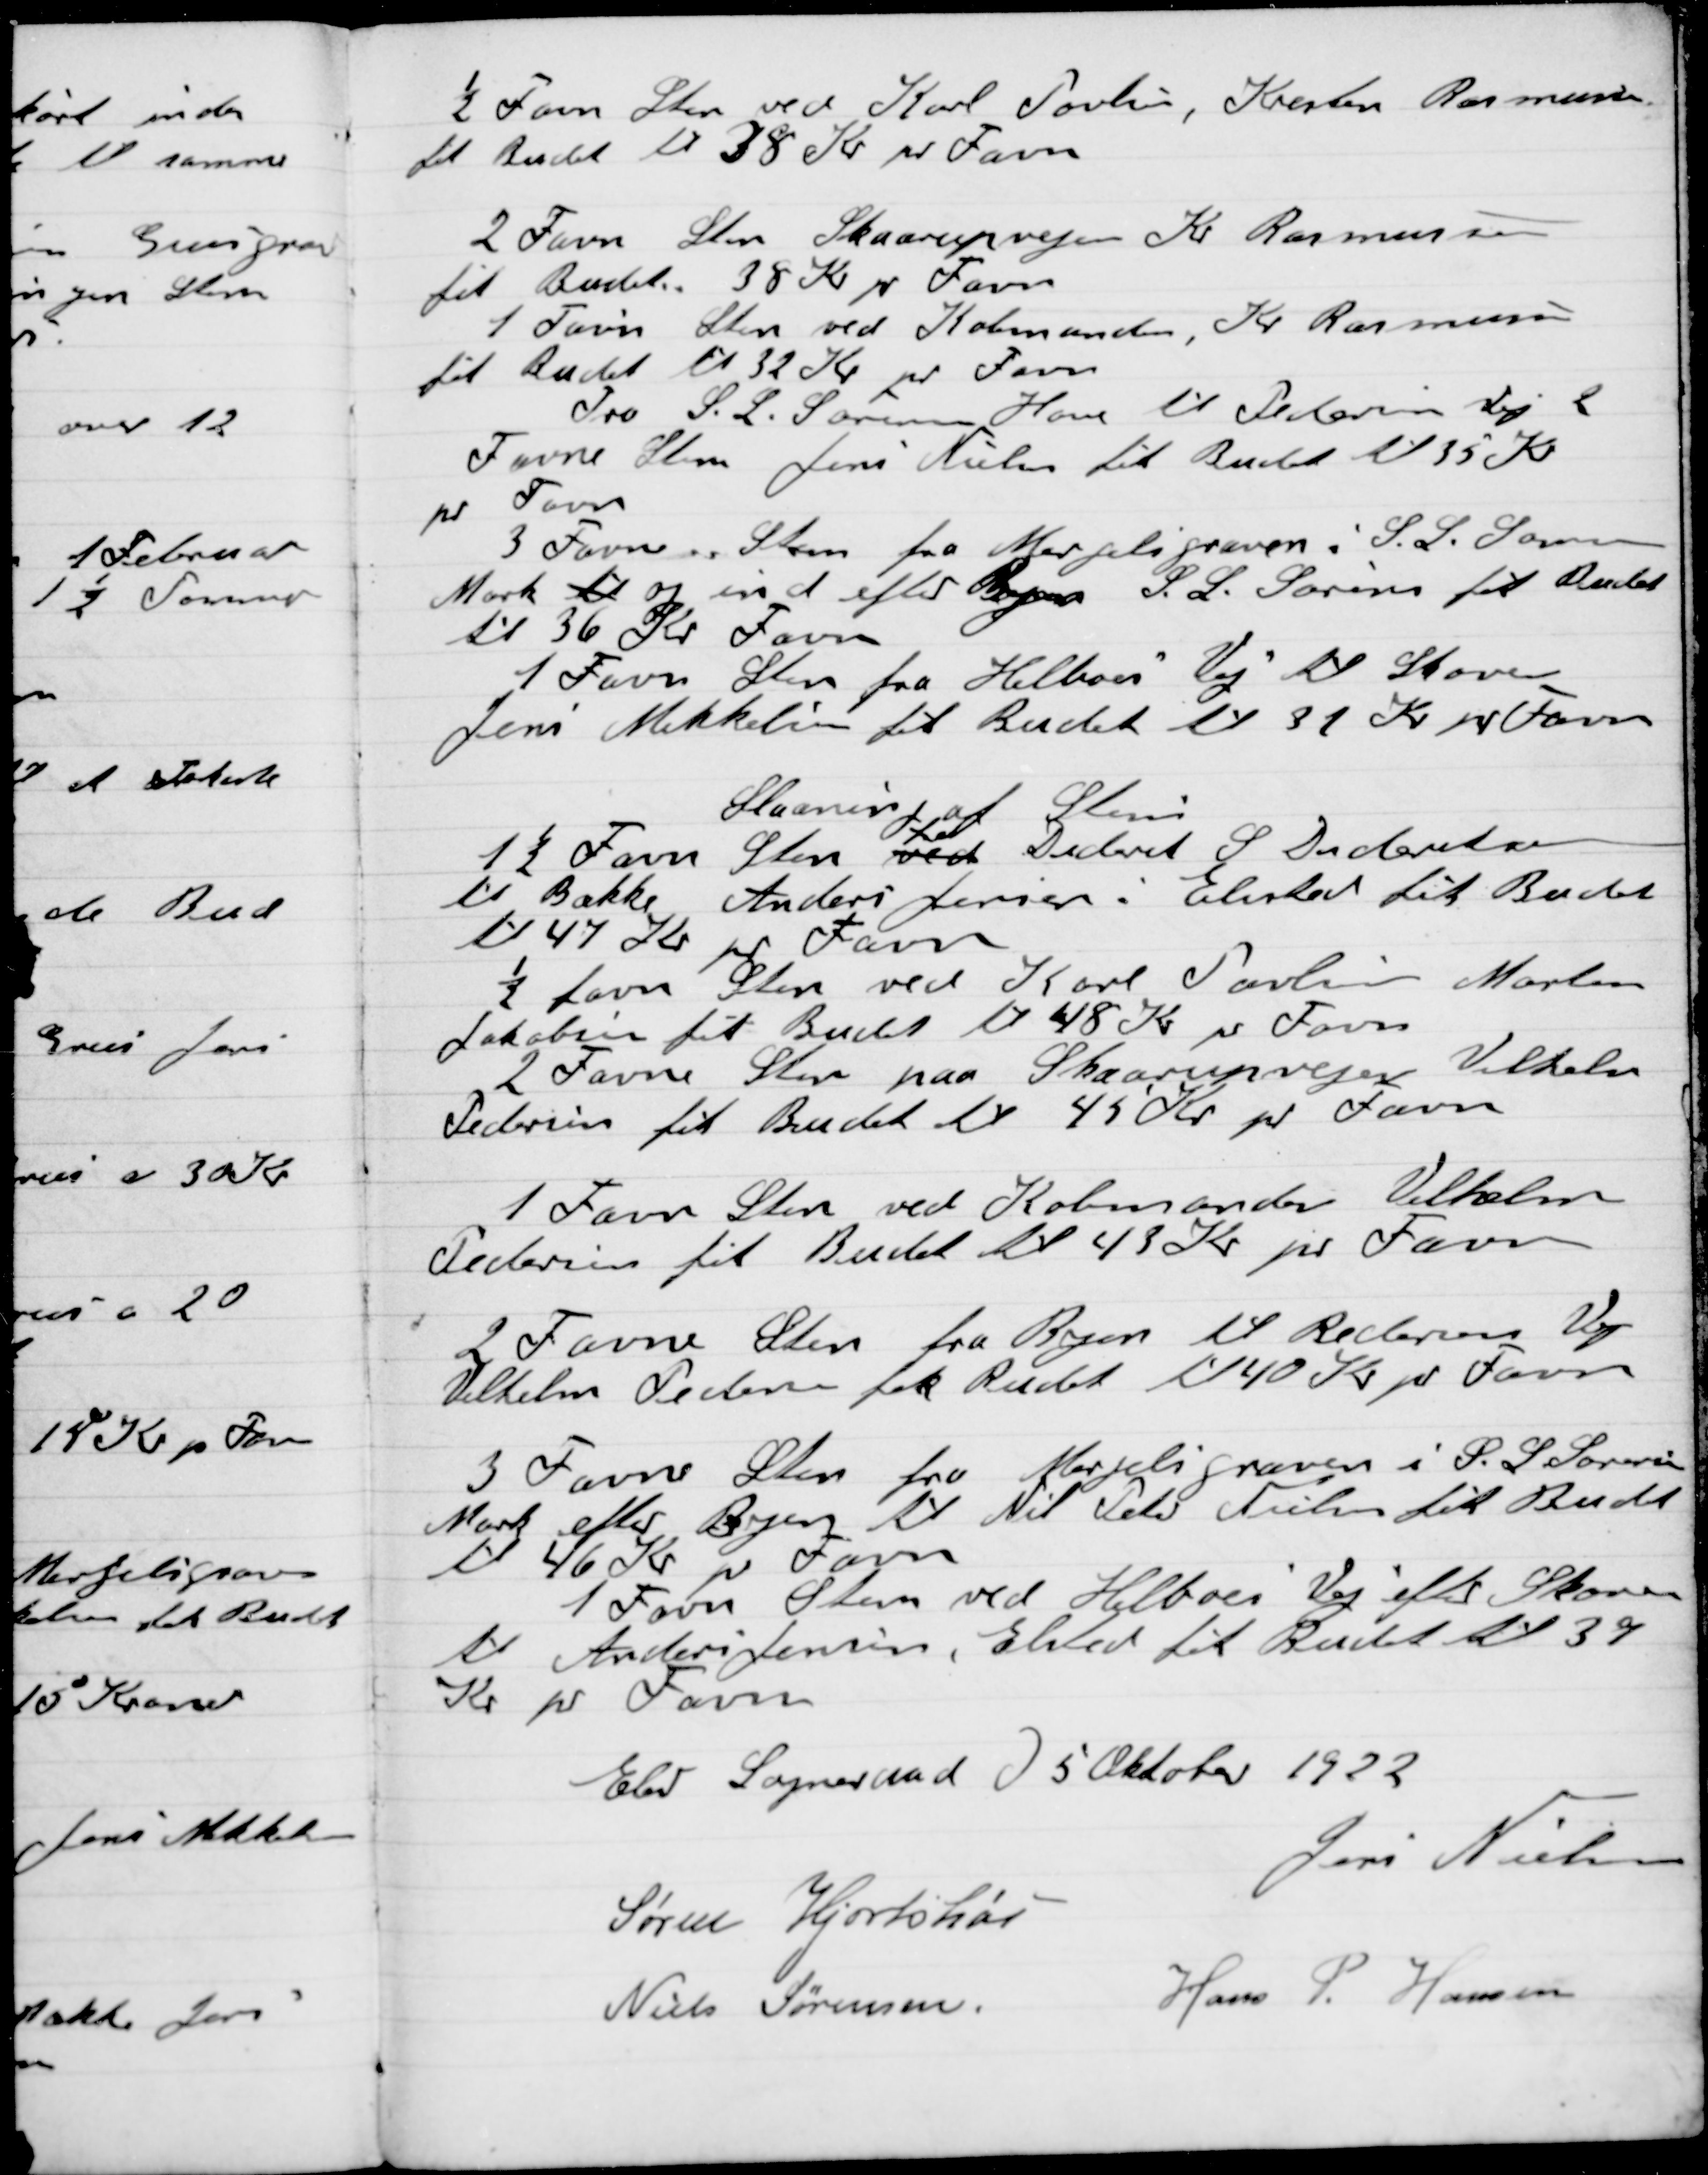
Transskription:
½ Favn Sten ved Karl Poulsen, Kresten Rasmussen
Til Budet til 38 Kr. pr Favn
2 Favn Sten Skaarupvej Kr. Rasmussen
til Budet 38 Kr. pr Favn
1 Favn Sten ved Købmand Kr. Rasmussen
til Budet 32 Kr. pr Favn
Fra S. L. Sørensens Have til Petersens Vej 2
Favne Sten Jens Nielsen til Budet 35 Kr.
pr Favn
3 Favn sten fra Mergelgraven i S. l. Sørensen
Mark til og ind efter byen S. L. Sørensen til Budet
Til 36 Kr. pr Favn
1 Favn Sten fra Helboes Vej til Skoven
Jens Mikkelsen til Budet 31 Kr. pr Favn

Slaaning af Sten
1½ Favn Sten ved
fra
Diderik S. Dideriksen
til Bække Anders Jensen i Elev til Budet
til 47 Kr. pr. Favn
½ favn sten ved Karl Poulsen Morten
Jakobsen fik Budet til 48 Kr. pr. Favn
2 Favn Sten paa Skaarupvejen Vilhelm
Pedersen fik Budet til 45 Kr. pr. Favn
1 Favn Sten ved Købmand Vilhelm
Pedersen fik Budet til 43 Kr. pr Favn
2 Favn Sten fra Byen til Redersen Vej
Vilhelm Pedersen fik Budet til 40 Kr. pr. Favn
3 Favn Sten fra Mergelgraven i S.L. Sørensen
Mark efter Byen til Niels Peter Nielsen fik Budet
til 46 Kr. pr. Favn
1 Favn Sten ved Helboes vej efter Skoven
til Anders Jensen Elsted til Budet til 39
Kr. pr. Favn

Elev Sogneraad D. 5 Oktober 1922

Søren Hjorthøi
Jens Nielsen
Niels Sørensen
Hans P. Hansen